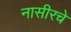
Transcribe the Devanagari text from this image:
नासीरचे